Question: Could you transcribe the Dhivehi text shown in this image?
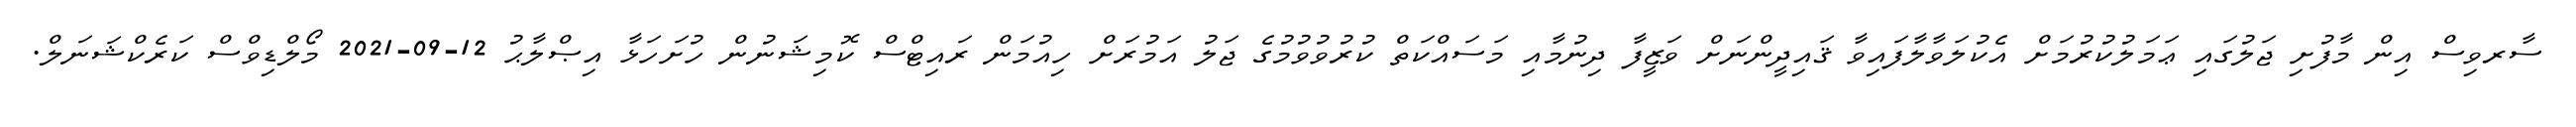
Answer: ސާރވިސް އިން މާފުށި ޖަލުގައި ޢަމަލުކުރުމަށް އެކުލަވާލާފައިވާ ޤައިދީންނަށް ވަޒީފާ ދިނުމާއި މަސައްކަތް ކުރުވުވުމުގެ ޖަލު އަމުރަށް ހިއުމަން ރައިޓްސް ކޮމިޝަނުން ހުށަހަޅާ އިޞްލާޙު 12-09-2021 މޯލްޑިވްސް ކަރެކްޝަނަލް.